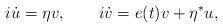
LaTeX: \begin{align*}i\dot{u} = \eta v , \quad \quad i\dot{v} = e(t) v + \eta^{*} u,\end{align*}